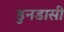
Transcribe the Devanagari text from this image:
डुनडासी